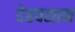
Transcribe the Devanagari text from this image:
देहवसान